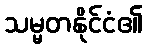
သမ္မတနိုင်ငံ၏